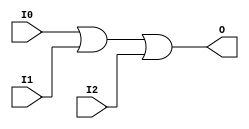

/*

FUNCTION	: 3-INPUT OR GATE

*/

`timescale  100 ps / 10 ps

`celldefine

module OR3 (O, I0, I1, I2);


    output O;

    input  I0, I1, I2;

    or O1 (O, I0, I1, I2);

    specify
	(I0 *> O) = (0, 0);
	(I1 *> O) = (0, 0);
	(I2 *> O) = (0, 0);
    endspecify

endmodule

`endcelldefine